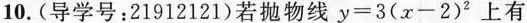
10.(导学号：21912121)若抛物线$$y = 3 ( x - 2 ) ^ { 2 }$$上有